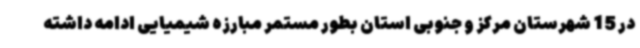
در 15 شهرستان مرکز و جنوبی استان بطور مستمر مبارزه شیمیایی ادامه داشته